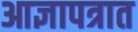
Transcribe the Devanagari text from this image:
आज्ञापत्रात